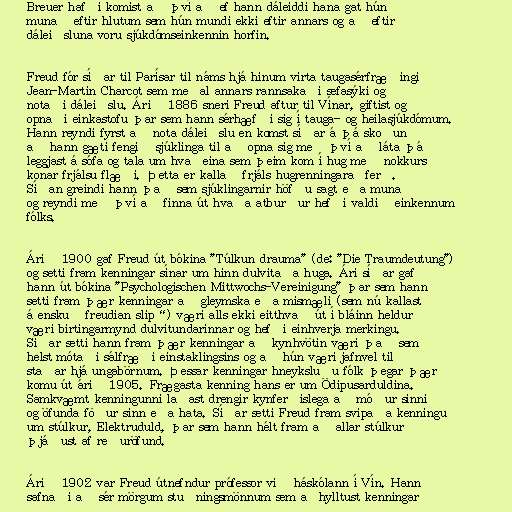
Breuer hafði komist að því að ef hann dáleiddi hana gat hún
munað eftir hlutum sem hún mundi ekki eftir annars og að eftir
dáleiðsluna voru sjúkdómseinkennin horfin.

Freud fór síðar til Parísar til náms hjá hinum virta taugasérfræðingi
Jean-Martin Charcot sem meðal annars rannsakaði sefasýki og
notaði dáleiðslu. Árið 1886 sneri Freud aftur til Vínar, giftist og
opnaði einkastofu þar sem hann sérhæfði sig í tauga- og heilasjúkdómum.
Hann reyndi fyrst að nota dáleiðslu en komst síðar á þá skoðun
að hann gæti fengið sjúklinga til að opna sig með því að láta þá
leggjast á sófa og tala um hvaðeina sem þeim kom í hug með nokkurs
konar frjálsu flæði. Þetta er kallað frjáls hugrenningaraðferð.
Síðan greindi hann það sem sjúklingarnir höfðu sagt eða munað
og reyndi með því að finna út hvaða atburður hefði valdið einkennum
fólks.

Árið 1900 gaf Freud út bókina "Túlkun drauma" (de: "Die Traumdeutung")
og setti fram kenningar sínar um hinn dulvitaða huga. Ári síðar gaf
hann út bókina "Psychologischen Mittwochs-Vereinigung" þar sem hann
setti fram þær kenningar að gleymska eða mismæli (sem nú kallast
á ensku „freudian slip“) væri alls ekki eitthvað út í bláinn heldur
væri birtingarmynd dulvitundarinnar og hefði einhverja merkingu.
Síðar setti hann fram þær kenningar að kynhvötin væri það sem
helst mótaði sálfræði einstaklingsins og að hún væri jafnvel til
staðar hjá ungabörnum. Þessar kenningar hneyksluðu fólk þegar þær
komu út árið 1905. Frægasta kenning hans er um Ödipusarduldina.
Samkvæmt kenningunni laðast drengir kynferðislega að móður sinni
og öfunda föður sinn eða hata. Síðar setti Freud fram svipaða kenningu
um stúlkur, Elektruduld, þar sem hann hélt fram að allar stúlkur
þjáðust af reðuröfund.

Árið 1902 var Freud útnefndur prófessor við háskólann í Vín. Hann
safnaði að sér mörgum stuðningsmönnum sem aðhylltust kenningar